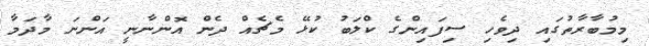
މިމުބާރާތުގައި ދިވެހި ސިފައިންގެ ކްލަބު ކުޅޭ މެޗެއް ދެން އޮންނާނީ އަންނަ މާދަމާ